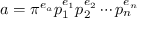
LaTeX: a = \pi ^ { e _ { a } } p _ { 1 } ^ { e _ { 1 } } p _ { 2 } ^ { e _ { 2 } } \cdots p _ { n } ^ { e _ { n } }